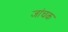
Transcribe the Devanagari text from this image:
जांचक